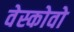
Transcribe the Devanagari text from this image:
वेस्कोवो